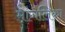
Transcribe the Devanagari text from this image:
मांगलिका